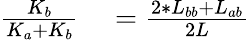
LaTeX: \begin{array}{rl}{\frac{K_{b}}{K_{a}+K_{b}}}&{{}=\frac{2*L_{bb}+L_{ab}}{2L}}\end{array}